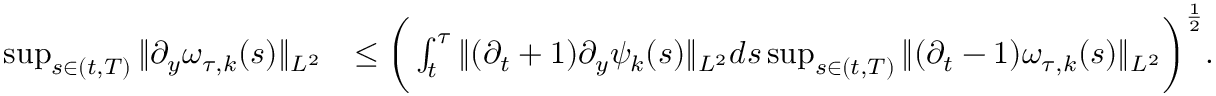
\begin{array} { r l } { \operatorname* { s u p } _ { s \in ( t , T ) } \| \partial _ { y } \omega _ { \tau , k } ( s ) \| _ { L ^ { 2 } } } & { \leq \bigg ( \int _ { t } ^ { \tau } \| ( \partial _ { t } + 1 ) \partial _ { y } \psi _ { k } ( s ) \| _ { L ^ { 2 } } d s \operatorname* { s u p } _ { s \in ( t , T ) } \| ( \partial _ { t } - 1 ) \omega _ { \tau , k } ( s ) \| _ { L ^ { 2 } } \bigg ) ^ { \frac { 1 } { 2 } } . } \end{array}